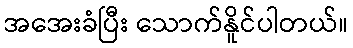
အအေးခံပြီး သောက်နိူင်ပါတယ်။